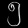
Digit: ၅